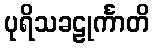
ပုရိသခဠုင်္ကာတိ